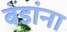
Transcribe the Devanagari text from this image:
बंडांना